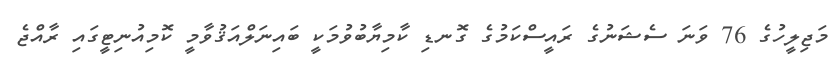
މަޖިލީހުގެ 76 ވަނަ ސެޝަނުގެ ރައީސްކަމުގެ ގޮނޑި ކާމިޔާބުވުމަކީ ބައިނަލްއަޤުވާމީ ކޮމިއުނިޓީގައި ރާއްޖެ